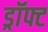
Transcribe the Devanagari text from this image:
ड्रॉफ्ट